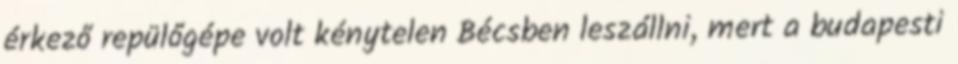
érkező repülőgépe volt kénytelen Bécsben leszállni, mert a budapesti